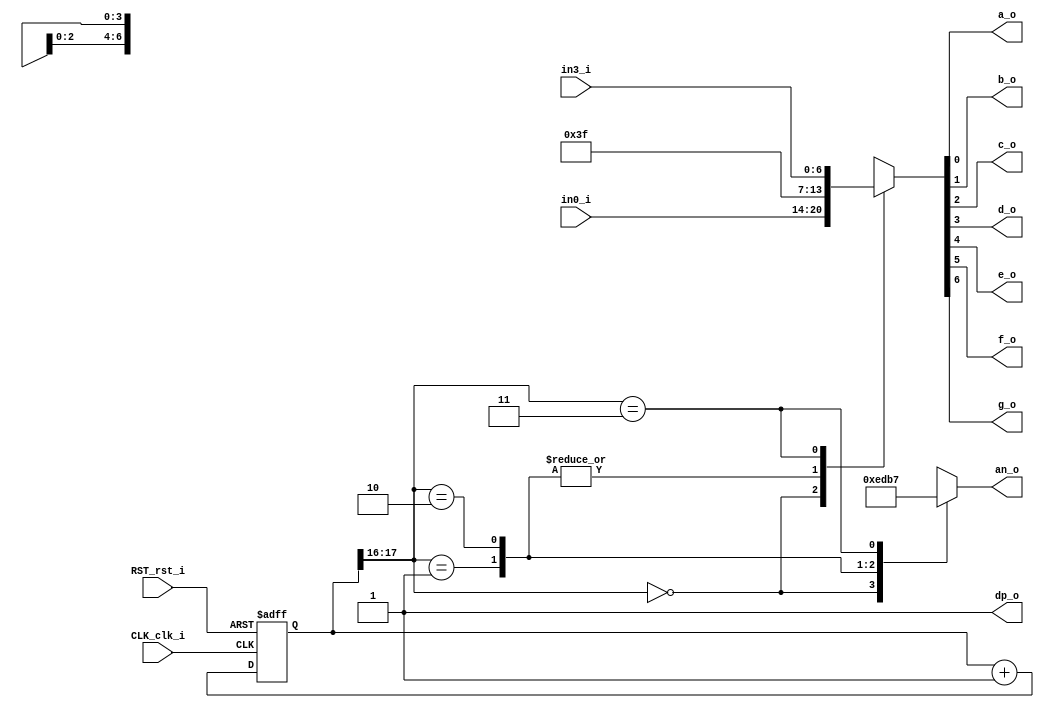
`timescale 1ns / 1ps
//////////////////////////////////////////////////////////////////////////////////
// Company: 
// Engineer: 
// 
// Design Name: 
// Module Name:    display7seg 
// Project Name: 
// Target Devices: 
// Tool versions: 
// Description: 
//
// Dependencies: 
//
// Revision: 
// Revision 0.01 - File Created
// Additional Comments: 
//
//////////////////////////////////////////////////////////////////////////////////
module sevenseg(
 input CLK_clk_i, RST_rst_i,
 input [6:0] in0_i, in3_i,  //salidas de los 7 segmentos a utilizar
 output a_o, b_o, c_o, d_o, e_o, f_o, g_o, dp_o, //catodos de cada 7 segmentos
 output [3:0] an_o   // enable o anodos de cada 7 segmentos
 );
 
localparam N = 18;
 
reg [N-1:0]count; //contador de 18 bits
 
always @ (posedge CLK_clk_i or posedge RST_rst_i)
	begin
 
		if (RST_rst_i)
			begin
				count <= 0;
				
			end
	
		else
			count <= count + 1'b1;
	end
 
reg [6:0]sseg; //registro para los catodos internamente
reg [3:0]an_temp; //registro para los anodos internamente
 
always @ (*)
	begin
		case(count[N-1:N-2]) // cuenta usando los 2 MSB's del contador
    
		2'b00 :  //cuando los 2 MSB's son 00 activar el cuarto display
			begin
				sseg = in0_i;
				an_temp = 4'b1110;
			end
    
		2'b01:  //cuando los 2 MSB's son 01 activar el tercer display
			begin
				sseg = 7'b0111111;
				an_temp = 4'b1101;
			end
    
		2'b10:  //cuando los 2 MSB's son 10 activar el segundo display
			begin
				sseg = 7'b0111111;
				an_temp = 4'b1011;
			end
     
		2'b11:  //cuando los 2 MSB's son 11 activar el primer display
			begin
				sseg = in3_i;
				an_temp = 4'b0111;
			end
		endcase
	end
	
assign an_o = an_temp;
 
 

assign {g_o, f_o, e_o, d_o, c_o, b_o, a_o } = sseg; // se concadenan las salidas al registro

 
assign dp_o = 1'b1; //nunca se utiliza el punto decimal por lo que se mantiene apagado
 
 
endmodule
//http://simplefpga.blogspot.com/2012/07/seven-segment-led-multiplexing-circuit.html